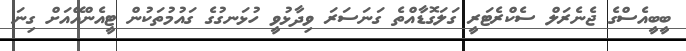
ބީބީއެސްގެ ޖެނެރަލް ސެކްރެޓަރީ ގަލަގޮޑާއްތެ ގަނަސަރަ ވިދާޅުވީ ހުޅަނގުގެ ގައުމުތަކުން ޓީއެންއޭއަށް ގިނަ